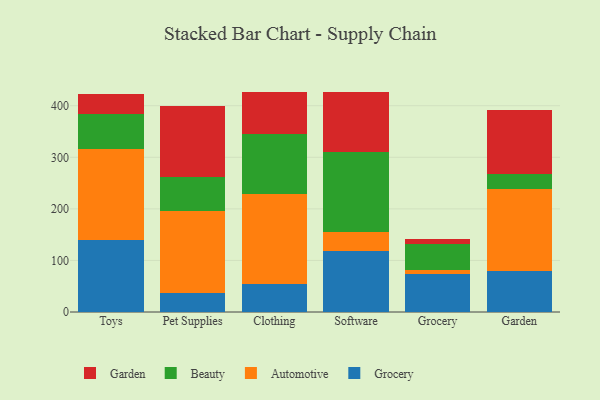
{"axis": {"x": "Category", "y": "Net Income (USD K)"}, "legend": ["Automotive", "Beauty", "Garden", "Grocery"], "data": [{"x": "Toys", "y": 138.8, "type": "Grocery"}, {"x": "Toys", "y": 178.1, "type": "Automotive"}, {"x": "Toys", "y": 66.3, "type": "Beauty"}, {"x": "Toys", "y": 38.7, "type": "Garden"}, {"x": "Pet Supplies", "y": 37.4, "type": "Grocery"}, {"x": "Pet Supplies", "y": 159.0, "type": "Automotive"}, {"x": "Pet Supplies", "y": 64.8, "type": "Beauty"}, {"x": "Pet Supplies", "y": 138.9, "type": "Garden"}, {"x": "Clothing", "y": 53.8, "type": "Grocery"}, {"x": "Clothing", "y": 174.8, "type": "Automotive"}, {"x": "Clothing", "y": 116.0, "type": "Beauty"}, {"x": "Clothing", "y": 82.8, "type": "Garden"}, {"x": "Software", "y": 118.3, "type": "Grocery"}, {"x": "Software", "y": 36.2, "type": "Automotive"}, {"x": "Software", "y": 155.1, "type": "Beauty"}, {"x": "Software", "y": 116.2, "type": "Garden"}, {"x": "Grocery", "y": 73.8, "type": "Grocery"}, {"x": "Grocery", "y": 7.9, "type": "Automotive"}, {"x": "Grocery", "y": 49.6, "type": "Beauty"}, {"x": "Grocery", "y": 10.0, "type": "Garden"}, {"x": "Garden", "y": 80.4, "type": "Grocery"}, {"x": "Garden", "y": 157.8, "type": "Automotive"}, {"x": "Garden", "y": 30.3, "type": "Beauty"}, {"x": "Garden", "y": 122.4, "type": "Garden"}]}